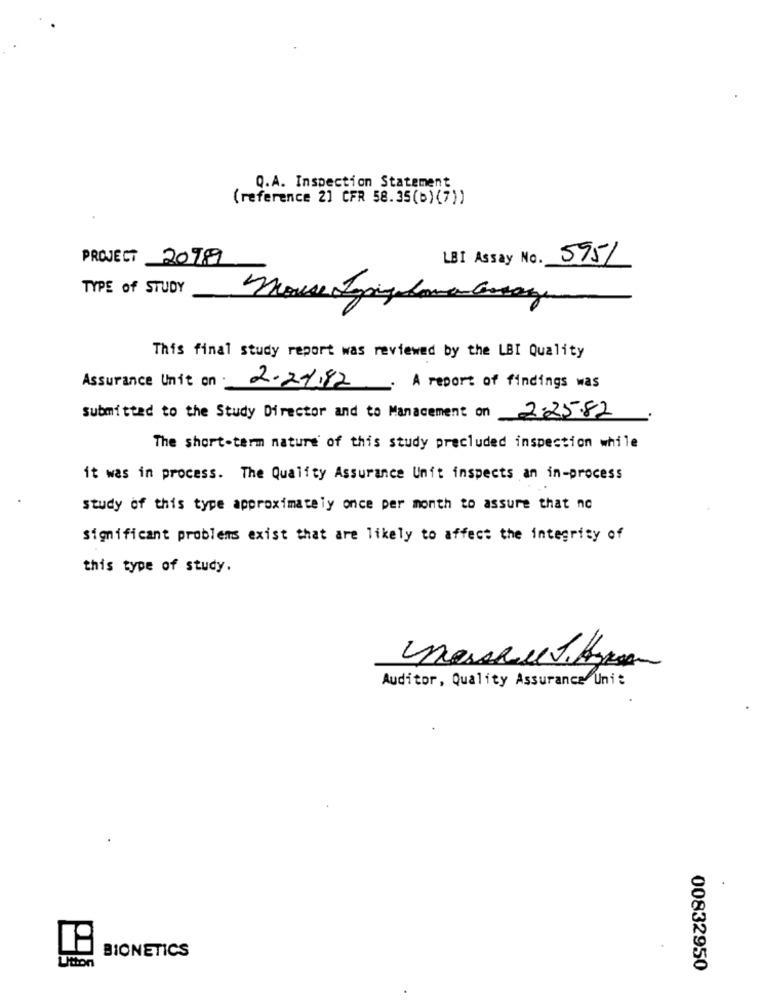
Q.A. Inspection Statement
(reference 2) CFR 58.35(b) (7) )
PROJECT 2099
LBI Assay No. 5951
TYPE of STUDY
mouse Sorgulama Garage
This final study report was reviewed by the LBI Quality
Assurance Unit on .
2.24.82
A report of findings was
submitted to the Study Director and to Manacement on 2.25.82
The short-term nature of this study precluded inspection while
it was in process. The Quality Assurance Unit inspects an in-process
study of this type approximately once per month to assure that no
significant problems exist that are likely to affect the integrity of
this type of study.
Auditor, Quality Assurance Uni:
BIONETICS
Utton
00832950